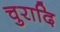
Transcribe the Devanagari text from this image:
चुरादि